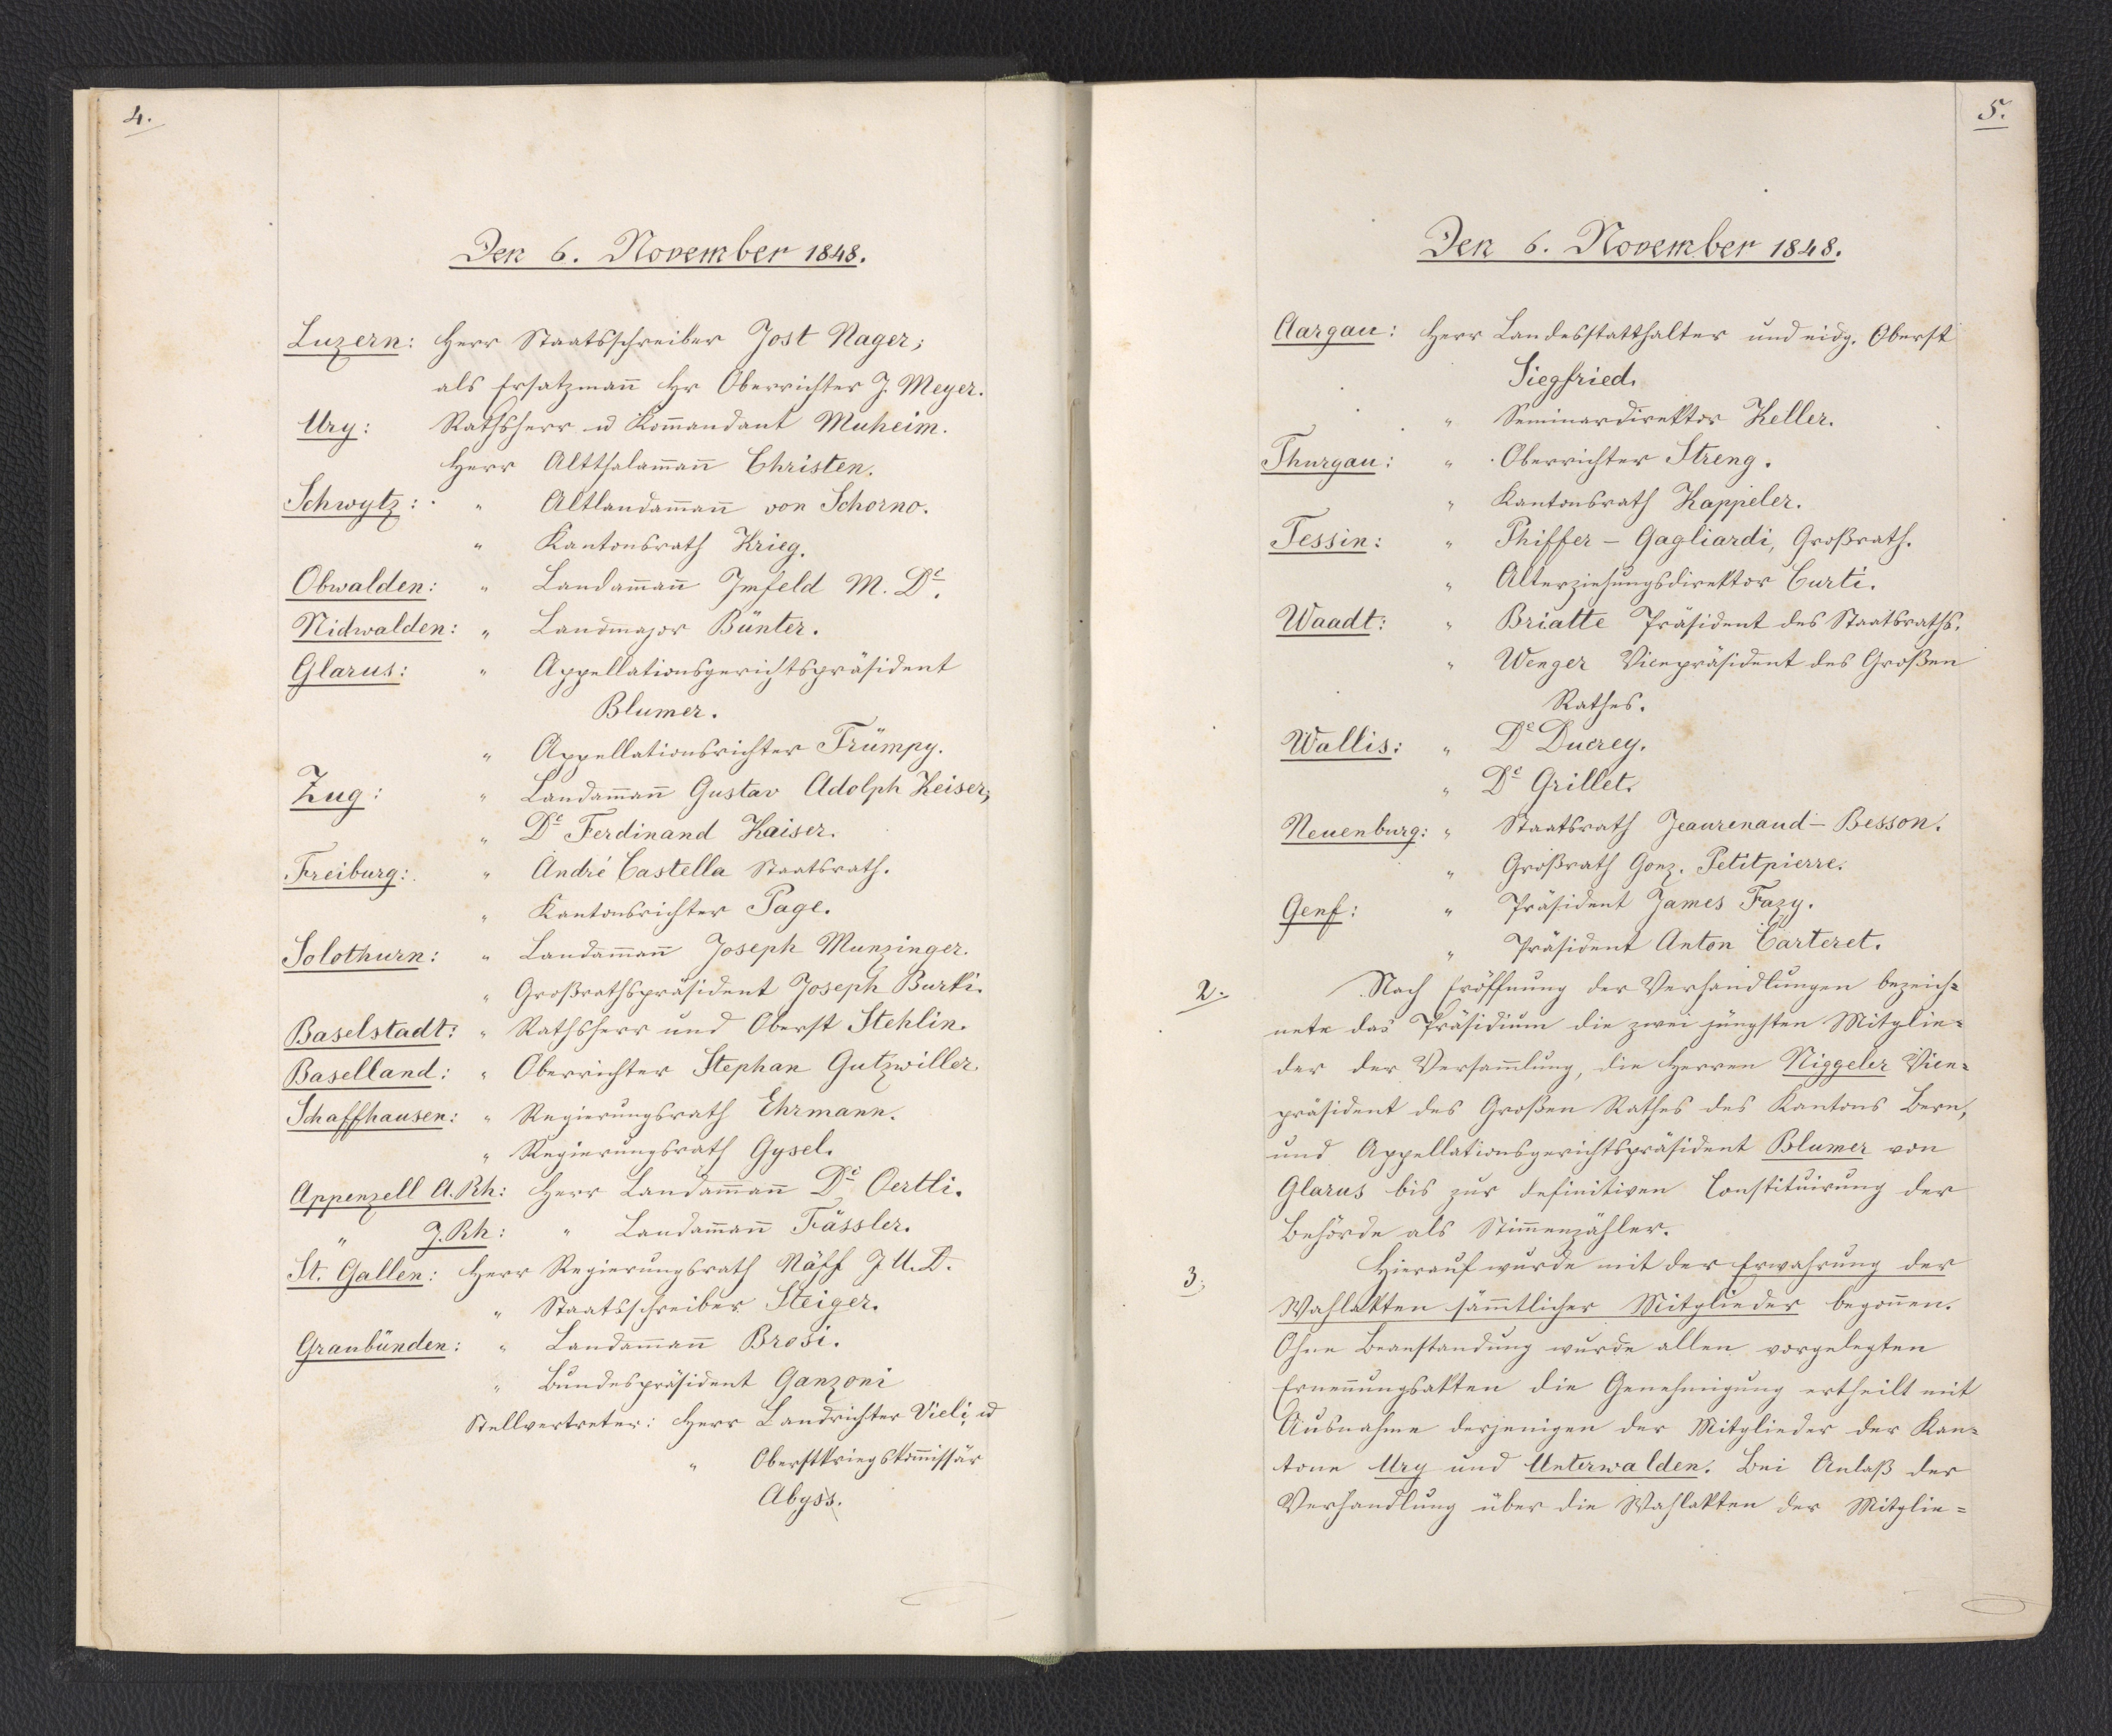
4.

Den 6. November 1848.

Luzern: Herr Staatsschreiber Jost Nager:
als Ersatzmann Hr Oberrichter J. Meyer.
Ury: Rathsherr und Kommandant Muheim.
Herr Altthalammann Christen.
Schwytz: Herr Altlandammann von Schorno.
Herr Kantonsrath Krieg.
Obwalden: Herr Landammann Imfeld M. Dr.
Nidwalden: Herr Landmajor Bünter.
Glarus: Herr Appellationsgerichtspräsident
Blumer.
Herr Appellationsrichter Trümpy.
Zug: Herr Landammann Gustav Adolph Keiser;
Herr Dr. Ferdinand Kaiser.
Freiburg: Herr André Castella Staatsrath.
Herr Kantonsrichter Page.
Solothurn: Herr Landamman Joseph Munzinger.
Herr Großrathspräsident Joseph Burki.
Baselstadt: Herr Rathsherr und Oberst Stehlin.
Baselland: Herr Oberrichter Stephan Gutzwiller.
Schaffhausen: Herr Regierungsrath Ehrmann.
Herr Regierungsrath Gysel.
Appenzell A. Rh.: Herr Landammann Dr. Oertli.
Appenzell J.Rh.: Herr Landamman Fässler.
St. Gallen: Herr Regierungsrath Näff J. U. D.
Herr Staatsschreiber Steiger.
Graubünden: Herr Landamman Brosi.
Herr Bundespräsident Ganzoni
Stellvertreter: Herr Landrichter Vieli, und
Herr Oberstkriegskommissär
Abyss,

5.

Den 6. November 1848.

Aargau: Herr Landesstatthalter und eidg. Oberst.
Siegfried,
Herr Seminardirektor Keller.
Thurgau: Herr Oberrichter Streng.
Herr Kantonsrath Kappeler.
Tessin: Herr Phiffer - Gagliardi, Großrath.
Herr Alterziehungsdirektor Curti.
Waadt: Herr Briatte Präsident des Staatsraths.
Herr Wenger Vicepräsident des Großen
Rathes.
Wallis: Herr Dr. Ducrey.
Herr Dr. Grillet.
Neuenburg: Herr Staatsrath Jeanrenaud-Besson.
Herr Großrath Gonz, Petitpierre.
Genf: Herr Präsident James Fazy.
Herr Präsident Anton Carteret.
Nach Eröffnung der Verhandlungen bezeich¬
nete das Präsidium die zwei jüngsten Mitglie¬
der der Versammlung, die Herren Niggeler Vice¬
präsident des Großen Rathes des Kantons Bern,
und Appellationsgerichtspräsident Blumer von
Glarus bis zur definitiven Constituirung der
Behörde als Stimmenzähler.
Hierauf wurde mit der Erwahrung der
Wahlakten sämmtlicher Mitglieder begonnen.
Ohne Beanstandung wurde allen vorgelegten
Ernennungsakten die Genehmigung ertheilt mit
Ausnahme derjenigen der Mitglieder der Kan¬
tone Ury und Unterwalden. Bei Anlaß der
Verhandlung über die Wahlakten der Mitglie¬

2.

3.